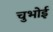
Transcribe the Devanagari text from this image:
चुभोई